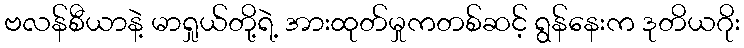
ဗလန်စီယာနဲ့ မာရှုယ်တို့ရဲ့ အားထုတ်မှုကတစ်ဆင့် ရွန်နေးက ဒုတိယဂိုး